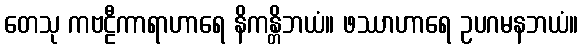
တေသု ကဗဠီကာရာဟာရေ နိကန္တိဘယံ။ ဖဿာဟာရေ ဥပဂမနဘယံ။